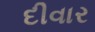
દીવાર